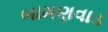
બામણવાડ